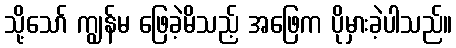
သို့သော် ကျွန်မ ဖြေခဲ့မိသည့် အဖြေက ပိုမှားခဲ့ပါသည်။